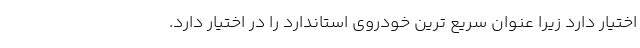
اختیار دارد زیرا عنوان سریع ترین خودروی استاندارد را در اختیار دارد.